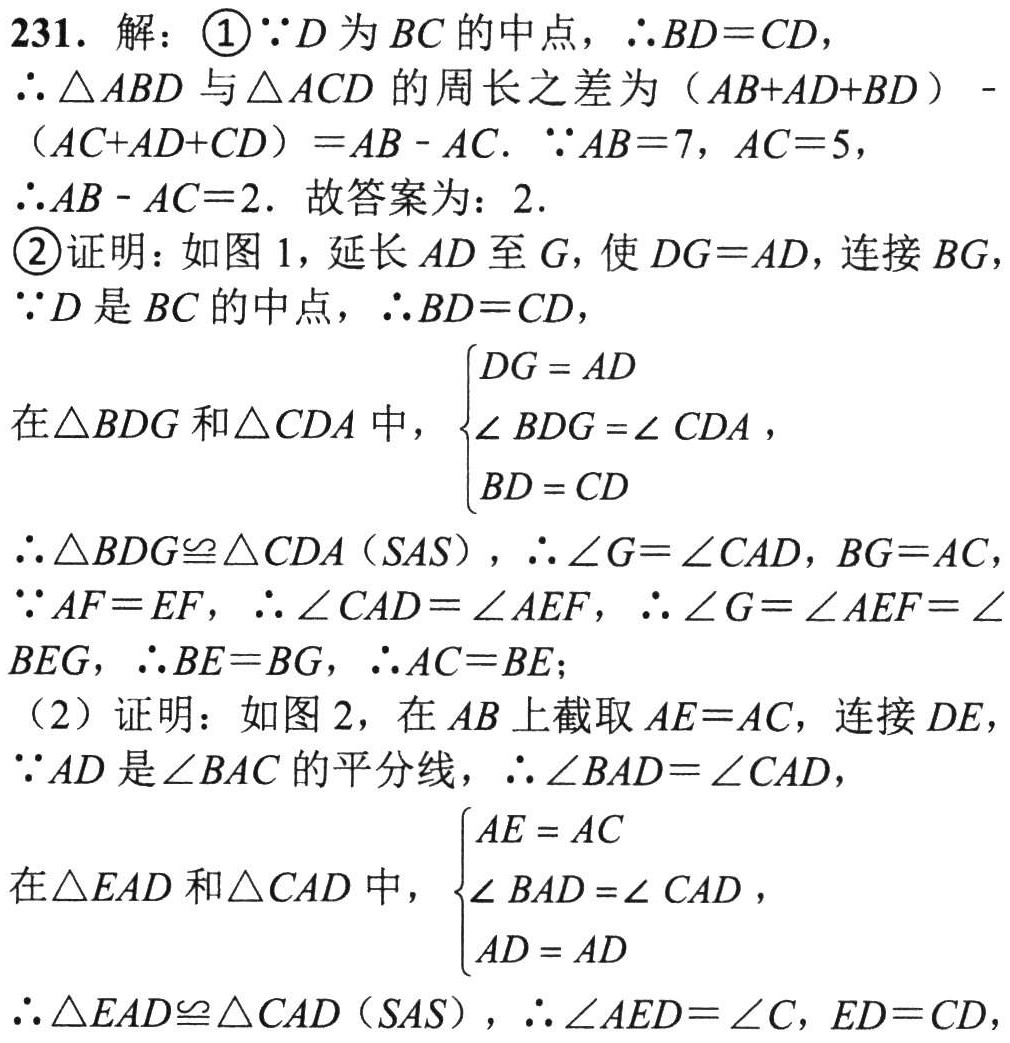
231. 解：

\textcircled{1}\(\because D\)为\(BC\)的中点，\(\therefore BD = CD\)，

\(\therefore\triangle ABD\)与\(\triangle ACD\)的周长之差为\((AB + AD+BD)-(AC + AD + CD)=AB - AC\). \(\because AB = 7\)，\(AC = 5\)，

\(\therefore AB - AC = 2\). 故答案为：\(2\).

\textcircled{2}证明：如图1，延长\(AD\)至\(G\)，使\(DG = AD\)，连接\(BG\)，

\(\because D\)是\(BC\)的中点，\(\therefore BD = CD\)，

在\(\triangle BDG\)和\(\triangle CDA\)中，\(\begin{cases}DG = AD\\\angle BDG=\angle CDA\\BD = CD\end{cases}\)，

\(\therefore\triangle BDG\cong\triangle CDA(SAS)\)，\(\therefore\angle G=\angle CAD\)，\(BG = AC\)，

\(\because AF = EF\)，\(\therefore\angle CAD=\angle AEF\)，\(\therefore\angle G=\angle AEF=\angle BEG\)，\(\therefore BE = BG\)，\(\therefore AC = BE\)；

(2) 证明：如图2，在\(AB\)上截取\(AE = AC\)，连接\(DE\)，

\(\because AD\)是\(\angle BAC\)的平分线，\(\therefore\angle BAD=\angle CAD\)，

在\(\triangle EAD\)和\(\triangle CAD\)中，\(\begin{cases}AE = AC\\\angle BAD=\angle CAD\\AD = AD\end{cases}\)，

\(\therefore\triangle EAD\cong\triangle CAD(SAS)\)，\(\therefore\angle AED=\angle C\)，\(ED = CD\)，